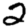
Digit: 2